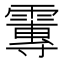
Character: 𩅂